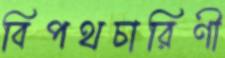
বিপথচারিণী